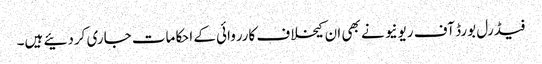
فیڈرل بورڈ آف ریونیو نے بھی ان کیخلاف کارروائی کے احکامات جاری کردئیے ہیں۔